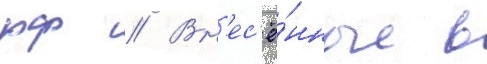
рф // Вн'ес'ё́нные в